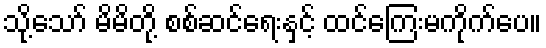
သို့သော် မိမိတို့ စစ်ဆင်ရေးနှင့် ထင်ကြေးမကိုက်ပေ။